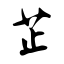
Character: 芷